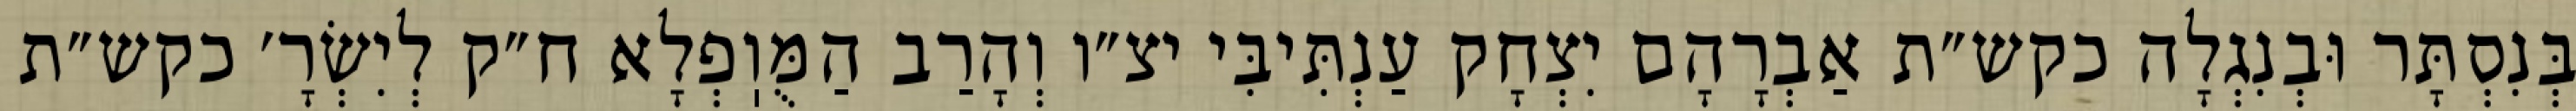
בְּנִסְתָּר וּבְנִגְלָה כקש״ת אַבְרָהָם יִצְחָק עַנְתִּיבִּי יצ״ו וְהָרַב הַמֻּוֽפְלָא ח״ק לְיִשְׂרָ׳ כקש״ת